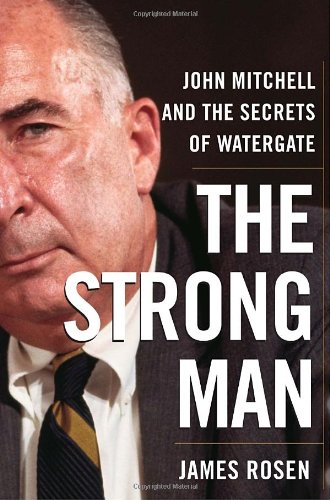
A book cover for The Strong Man: John Mitchell and the Secrets of Watergate; James Rosen; Law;